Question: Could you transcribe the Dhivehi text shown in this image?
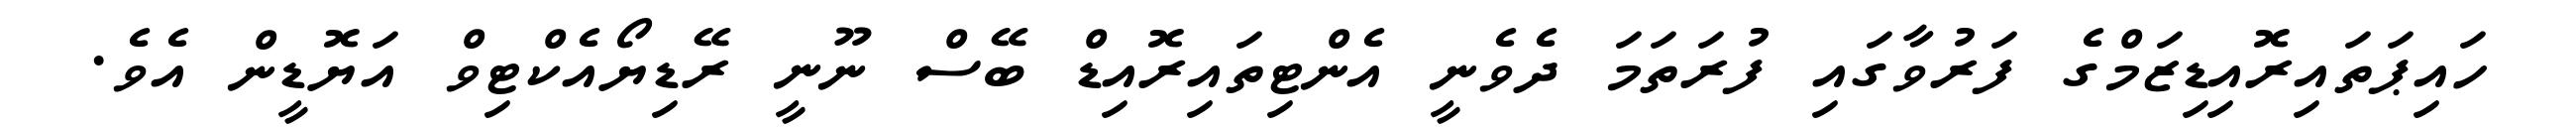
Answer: ހައިޕަތައިރޮއިޑިޒަމްގެ ފަރުވާގައި ފުރަތަމަ ދެވެނީ އެންޓިތައިރޮއިޑް ބޭސް ނޫނީ ރޭޑިޔޯއެކްޓިވް އަޔޮޑީން އެވެ.